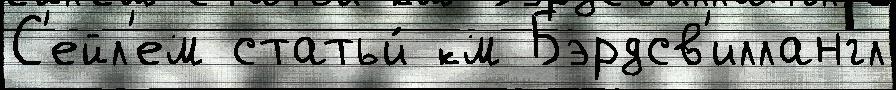
С'ейл'ем статьи́ км Бэрдсв'иллангл